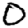
Digit: 0